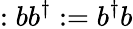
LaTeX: :bb^{\dagger}:=b^{\dagger}b